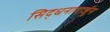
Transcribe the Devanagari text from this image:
सिद्धनागार्जुन